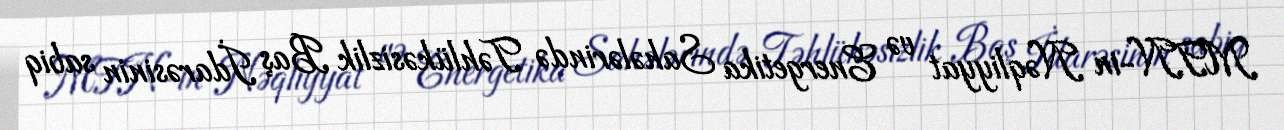
MTN-in Nəqliyyat və Energetika Sahələrində Təhlükəsizlik Baş İdarəsinin sabiq